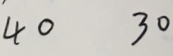
4 0 3 0